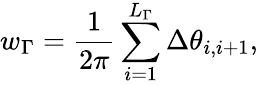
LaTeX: w_{\Gamma}=\frac{1}{2\pi}\sum_{i=1}^{L_{\Gamma}}\Delta\theta_{i,i+1},